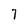
Character: 7